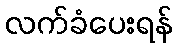
လက်ခံပေးရန်